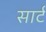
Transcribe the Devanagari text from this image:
सार्ट